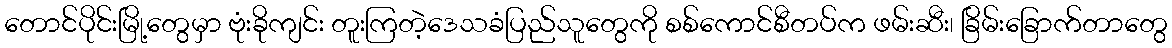
တောင်ပိုင်းမြို့တွေမှာ ဗုံးခိုကျင်း တူးကြတဲ့ဒေသခံပြည်သူတွေကို စစ်ကောင်စီတပ်က ဖမ်းဆီး၊ ခြိမ်းခြောက်တာတွေ